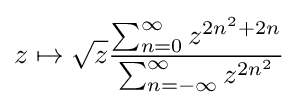
z\mapsto {\sqrt {z}}{\dfrac {\sum _{n=0}^{\infty }z^{2n^{2}+2n}}{\sum _{n=-\infty }^{\infty }z^{2n^{2}}}}